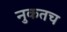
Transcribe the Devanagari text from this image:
नुकतच